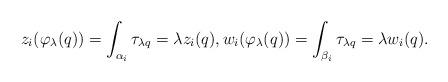
LaTeX: \begin{align*}z_i(\varphi_\lambda(q)) = \int_{\alpha_i} \tau_{\lambda q} = \lambda z_i(q), w_i(\varphi_\lambda(q)) = \int_{\beta_i} \tau_{\lambda q} = \lambda w_i(q).\end{align*}